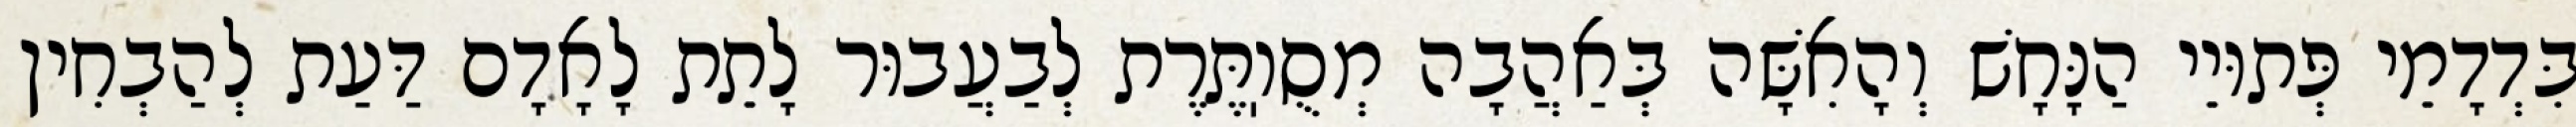
בִּדְדָמֵי פְּתוּיֵי הַנָּחָשׁ וְהָאִשָּׁה בְּאַהֲבָה מְסֻוֽתֶּרֶת לְבַעֲבוּר לָתֵת לָאָדָם דַּעַת לְהַבְחִין